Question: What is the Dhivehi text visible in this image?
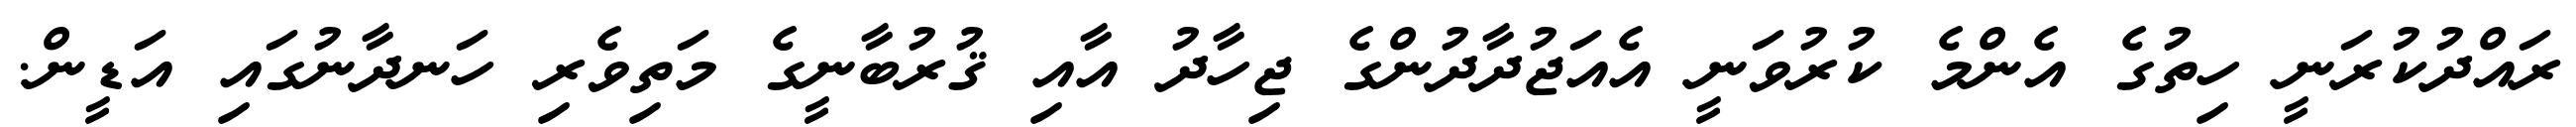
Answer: ރައްދުކުރަނީ ހިތުގެ އެންމެ ކުރުވަނީ އެއަޖުދާދުންގެ ޖިހާދު އާއި ޤުރުބާނީގެ މަތިވެރި ހަނދާނުގައި އަޑީން.